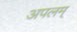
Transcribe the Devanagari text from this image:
अपलम्